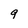
Character: 9